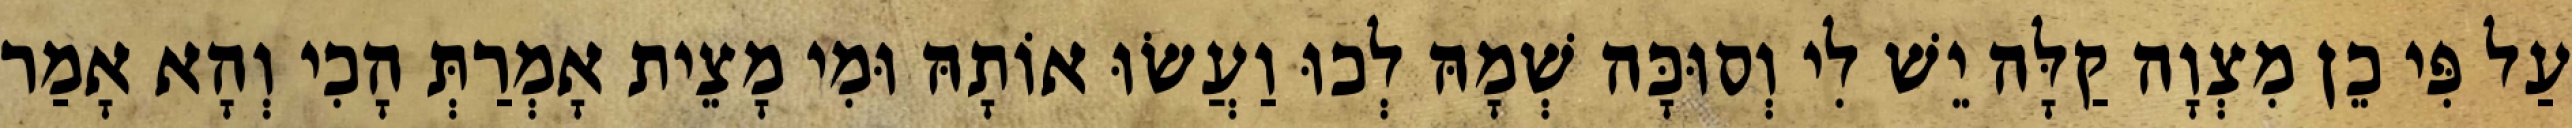
עַל פִּי כֵן מִצְוָה קַלָּה יֵשׁ לִי וְסוּכָּה שְׁמָהּ לְכוּ וַעֲשׂוּ אוֹתָהּ וּמִי מָצֵית אָמְרַתְּ הָכִי וְהָא אָמַר